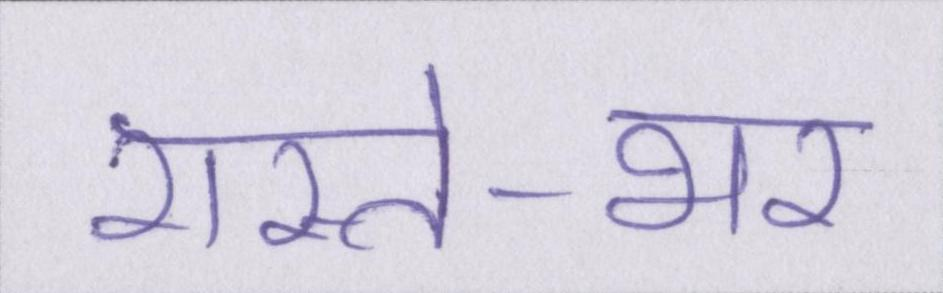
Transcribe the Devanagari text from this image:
रास्ते-भर